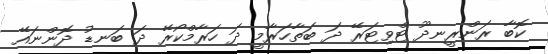
ކޮބާ ރަންރީނދޫ ޓްވިޓަރޭ ދަ ބަތާހަރާމީ ދަ ހަރާމްކޯރޭ ދަ ބަނޑު ދޮންނައޭ